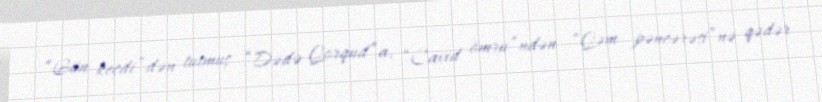
“Gün keçdi”dən tutmuş “Dədə Qorqud”a, “Cavid ömrü”ndən “Qəm pəncərəsi”nə qədər